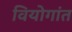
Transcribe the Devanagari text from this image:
वियोगांत